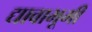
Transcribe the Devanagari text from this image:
द्यावाभूमी